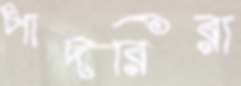
পাদরিরা